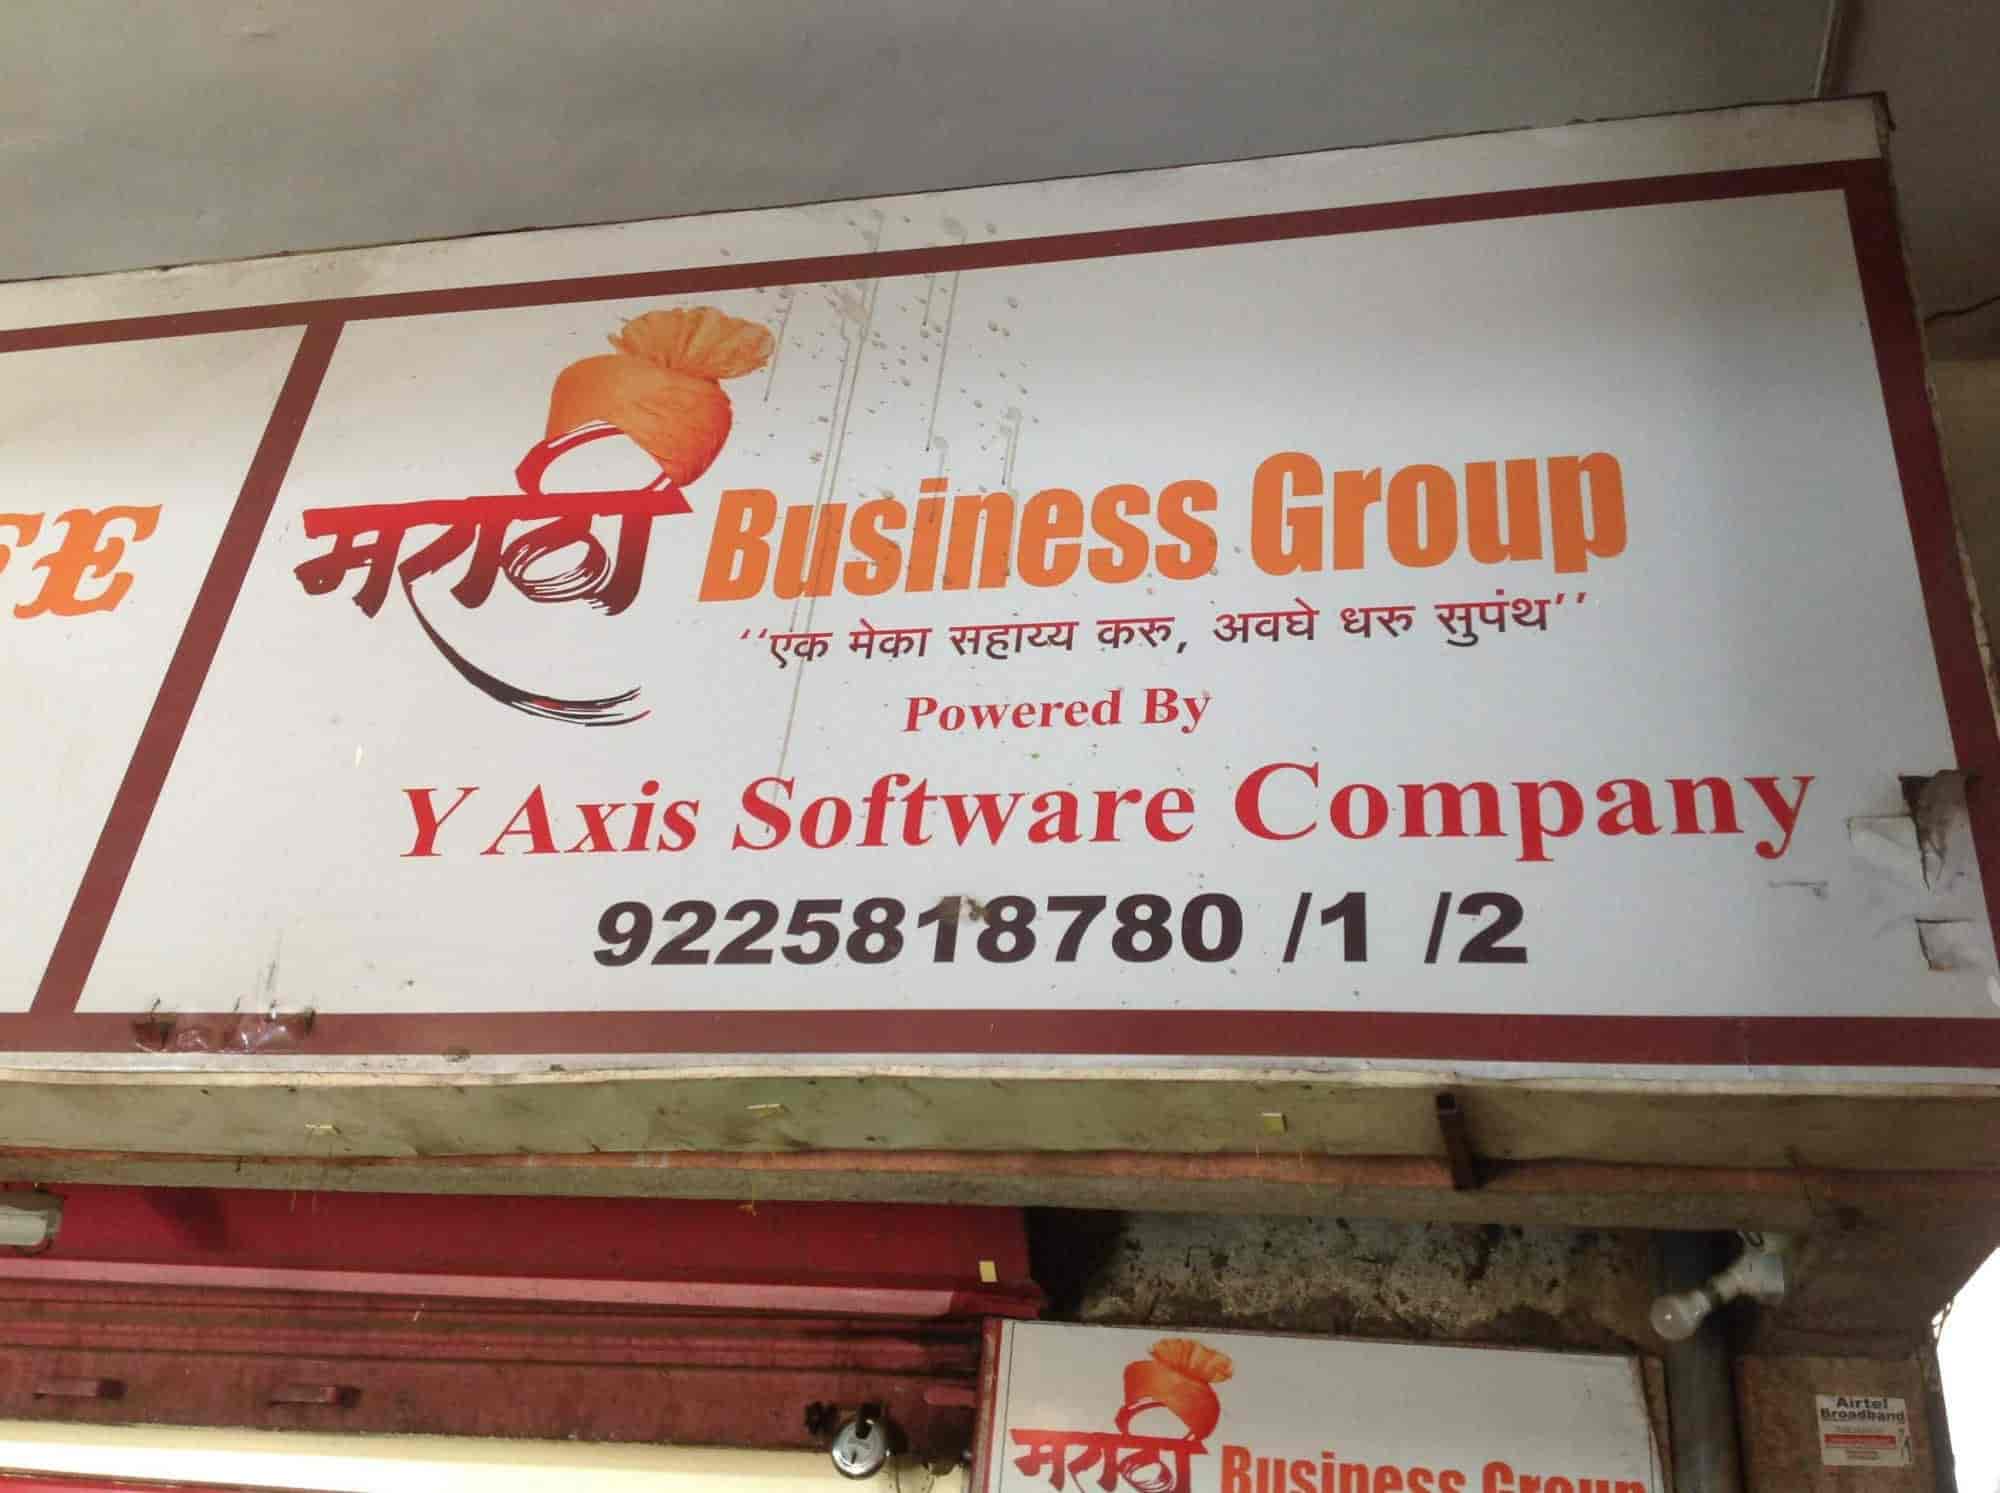
Language: marathi
Transcription: एक मेका साहाय्य अवघे धरू मराठी मराठी सुपंथ